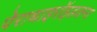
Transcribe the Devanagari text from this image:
पेराथाइरॉइडजन्य